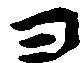
ヨ